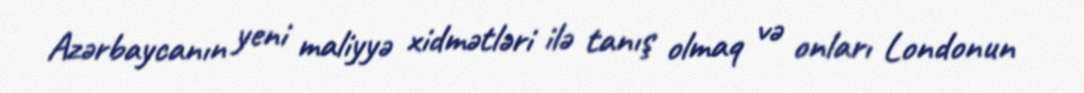
Azərbaycanın yeni maliyyə xidmətləri ilə tanış olmaq və onları Londonun